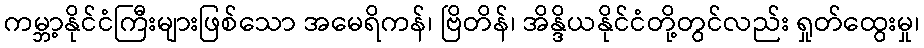
ကမ္ဘာ့နိုင်ငံကြီးများဖြစ်သော အမေရိကန်၊ ဗြိတိန်၊ အိန္ဒိယနိုင်ငံတို့တွင်လည်း ရှုတ်ထွေးမှု၊